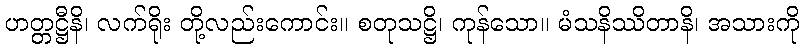
ဟတ္တဋ္ဌီနိ၊ လက်ရိုး တို့လည်းကောင်း။ စတုသဋ္ဌိ၊ ကုန်သော။ မံသနိဿိတာနိ၊ အသားကို